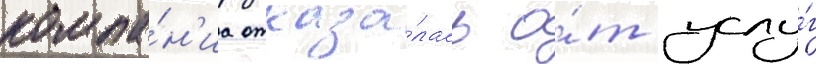
компа́н'иа отказа́лась о́т услу́г